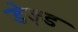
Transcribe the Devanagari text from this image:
डेज़्ड